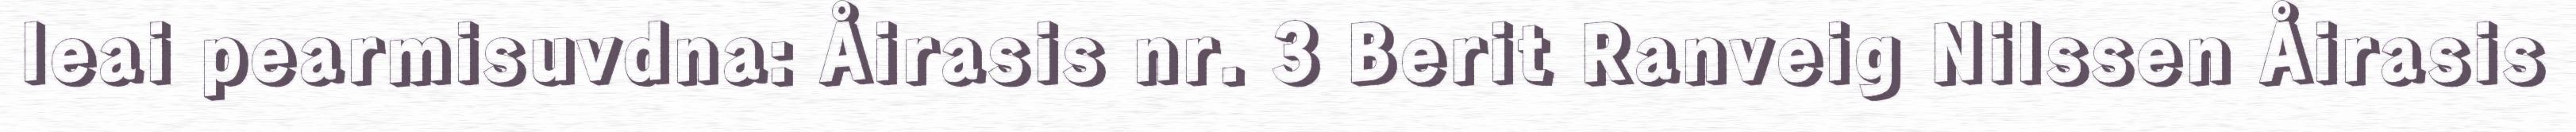
leai pearmisuvdna: Åirasis nr. 3 Berit Ranveig Nilssen Åirasis